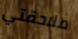
ملاحقتي